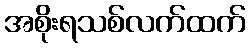
အစိုးရသစ်လက်ထက်